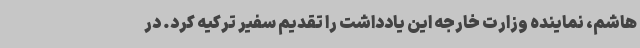
هاشم، نماینده وزارت خارجه این یادداشت را تقدیم سفیر ترکیه کرد. در